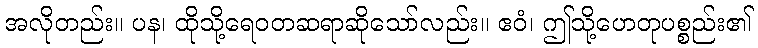
အလိုတည်း။ ပန၊ ထိုသို့ရေဝတဆရာဆိုသော်လည်း။ ဧဝံ၊ ဤသို့ဟေတုပစ္စည်း၏